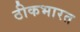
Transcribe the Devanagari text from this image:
ठीकभारत